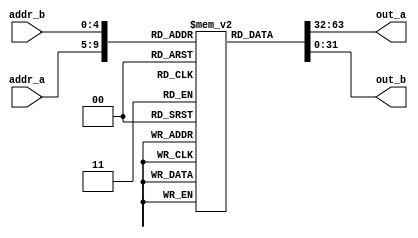

`ifndef MapData_H
`define MapData_H

module MapData(addr_a, addr_b, out_a, out_b);
  
  input [4:0] addr_a;	
  input [4:0] addr_b;	
  
  output [31:0] out_a;
  output [31:0] out_b;
  
  reg [31:0] bitarray[0:31];
  
  assign out_a = bitarray[addr_a];
  assign out_b = bitarray[addr_b];
  
  initial begin/*{w:32,h:32,bpw:32,count:1}*/
    bitarray['h00] = 32'b11111111111111111111111111111111;
    bitarray['h01] = 32'b11111111111111111111111111111111;
    bitarray['h02] = 32'b11110000000000001100000000000011;
    bitarray['h03] = 32'b11110111101111101101111101111011;
    bitarray['h04] = 32'b11110111101111101101111101111011;
    bitarray['h05] = 32'b11110111101111101101111101111011;
    bitarray['h06] = 32'b11110000000000000000000000000011;
    bitarray['h07] = 32'b11110111101101111111101101111011;
    bitarray['h08] = 32'b11110111101101111111101101111011;
    bitarray['h09] = 32'b11110000001100001100001100000011;
    bitarray['h0A] = 32'b11111111101111101101111101111111;
    bitarray['h0B] = 32'b11111111101111101101111101111111;
    bitarray['h0C] = 32'b11111111101100000000001101111111;
    bitarray['h0D] = 32'b11111111101101111111101101111111;
    bitarray['h0E] = 32'b11111111101101000000101101111111;
    bitarray['h0F] = 32'b10000000000001000000100000000001;
    bitarray['h10] = 32'b11111111101101000000101101111111;
    bitarray['h11] = 32'b11111111101101111111101101111111;
    bitarray['h12] = 32'b11111111101100000000001101111111;
    bitarray['h13] = 32'b11111111101101111111101101111111;
    bitarray['h14] = 32'b11111111101101111111101101111111;
    bitarray['h15] = 32'b11110000000000001100000000000011;
    bitarray['h16] = 32'b11110111101111101101111101111011;
    bitarray['h17] = 32'b11110111101111101101111101111011;
    bitarray['h18] = 32'b11110111100000000000000001111011;
    bitarray['h19] = 32'b11110111101101111111101101111011;
    bitarray['h1A] = 32'b11110111101101111111101101111011;
    bitarray['h1B] = 32'b11110000001100000000001100000011;
    bitarray['h1C] = 32'b11111111111111111111111111111111;
    bitarray['h1D] = 32'b11111111111111111111111111111111;
    bitarray['h1E] = 32'b11111111111111111111111111111111;
    bitarray['h1F] = 32'b11111111111111111111111111111111;
  end
  
endmodule

`endif